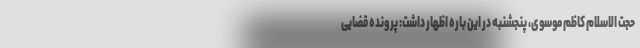
حجت الاسلام کاظم موسوی، پنجشنبه در این باره اظهار داشت: پرونده قضایی